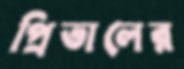
প্রিভালের